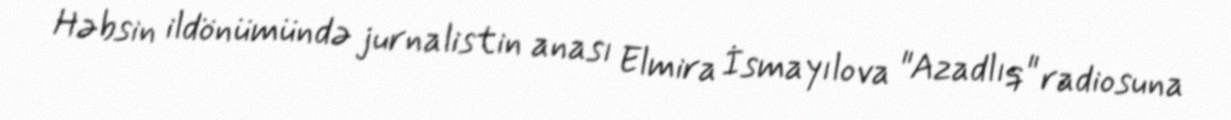
Həbsin ildönümündə jurnalistin anası Elmira İsmayılova "Azadlıq" radiosuna